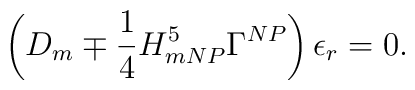
\left( D_{m} \mp \frac{1}{4}H^5_{m NP} \Gamma^{NP} \right) \epsilon_r = 0.